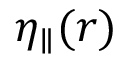
\eta _ { \parallel } ( r )